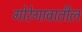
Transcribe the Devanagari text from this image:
गोरेगावातील